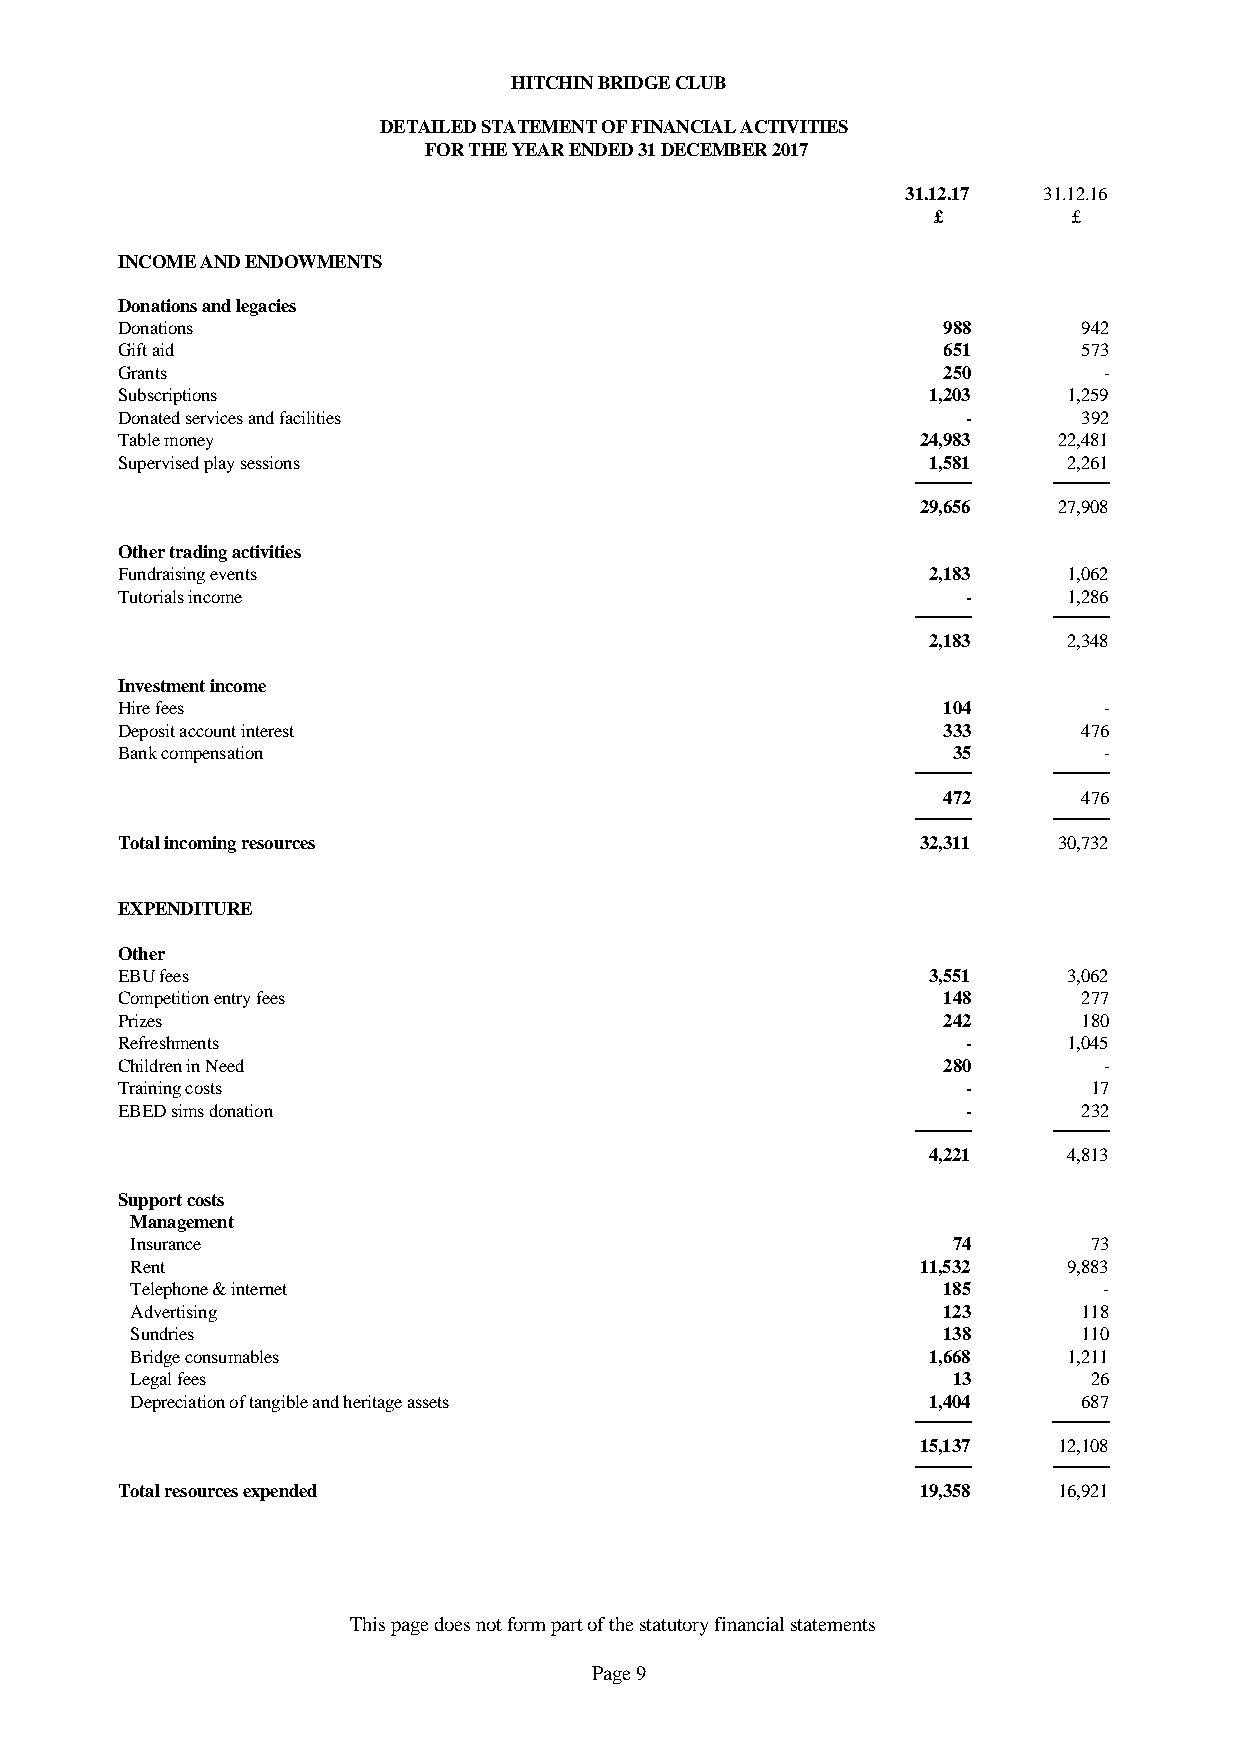
HITCHIN BRIDGE CLUB
 DETAILED STATEMENT OF FINANCIAL ACTIVITIES
 FOR THE YEAR ENDED 31 DECEMBER 2017
 31.12.17 31.12.16
 £        £
 INCOME AND ENDOWMENTS
 Donations and legacies
 Donations                                             988       942
 Gift aid                                              651       573
 Grants                                                250        -
 Subscriptions                                        1,203     1,259
 Donated services and facilities                         -       392
 Table money                                          24,983   22,481
 Supervised play sessions                             1,581     2,261
 29,656   27,908
 Other trading activities
 Fundraising events                                   2,183     1,062
 Tutorials income                                        -      1,286
 2,183     2,348
 Investment income
 Hire fees                                             104        -
 Deposit account interest                              333       476
 Bank compensation                                      35        -
 472       476
 Total incoming resources                             32,311   30,732
 EXPENDITURE
 Other
 EBU fees                                             3,551     3,062
 Competition entry fees                                148       277
 Prizes                                                242       180
 Refreshments                                            -      1,045
 Children in Need                                      280        -
 Training costs                                          -       17
 EBED sims donation                                      -       232
 4,221     4,813
 Support costs
 Management
 Insurance                                             74       73
 Rent                                                11,532    9,883
 Telephone & internet                                 185        -
 Advertising                                          123       118
 Sundries                                             138       110
 Bridge consumables                                  1,668     1,211
 Legal fees                                            13       26
 Depreciation of tangible and heritage assets        1,404      687
 15,137   12,108
 Total resources expended                             19,358   16,921
 This page does not form part of the statutory financial statements
 Page 9